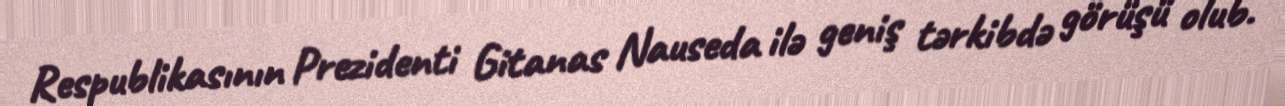
Respublikasının Prezidenti Gitanas Nauseda ilə geniş tərkibdə görüşü olub.